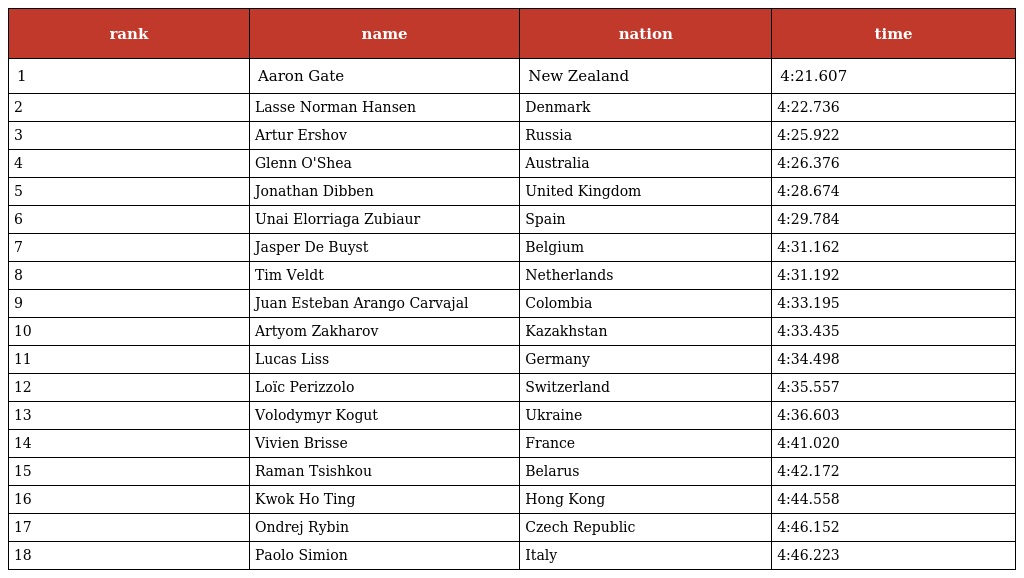
| rank | name | nation | time |
 | --- | --- | --- | --- |
 | 1 | Aaron Gate | New Zealand | 4:21.607 |
 | 2 | Lasse Norman Hansen | Denmark | 4:22.736 |
 | 3 | Artur Ershov | Russia | 4:25.922 |
 | 4 | Glenn O'Shea | Australia | 4:26.376 |
 | 5 | Jonathan Dibben | United Kingdom | 4:28.674 |
 | 6 | Unai Elorriaga Zubiaur | Spain | 4:29.784 |
 | 7 | Jasper De Buyst | Belgium | 4:31.162 |
 | 8 | Tim Veldt | Netherlands | 4:31.192 |
 | 9 | Juan Esteban Arango Carvajal | Colombia | 4:33.195 |
 | 10 | Artyom Zakharov | Kazakhstan | 4:33.435 |
 | 11 | Lucas Liss | Germany | 4:34.498 |
 | 12 | Loïc Perizzolo | Switzerland | 4:35.557 |
 | 13 | Volodymyr Kogut | Ukraine | 4:36.603 |
 | 14 | Vivien Brisse | France | 4:41.020 |
 | 15 | Raman Tsishkou | Belarus | 4:42.172 |
 | 16 | Kwok Ho Ting | Hong Kong | 4:44.558 |
 | 17 | Ondrej Rybin | Czech Republic | 4:46.152 |
 | 18 | Paolo Simion | Italy | 4:46.223 |